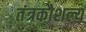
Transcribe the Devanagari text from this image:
तंत्रकौशल्य